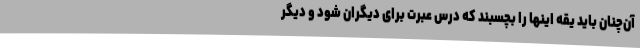
آن‌چنان باید یقه اینها را بچسبند که درس عبرت برای دیگران شود و دیگر